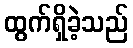
ထွက်ရှိခဲ့သည်